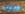
صولجان